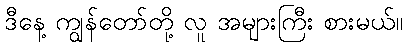
ဒီနေ့ ကျွန်တော်တို့ လူ အများကြီး စားမယ်။